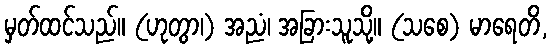
မှတ်ထင်သည်။ (ဟုတွာ၊) အညံ၊ အခြားသူသို့။ (သစေ) မာရေတိ,